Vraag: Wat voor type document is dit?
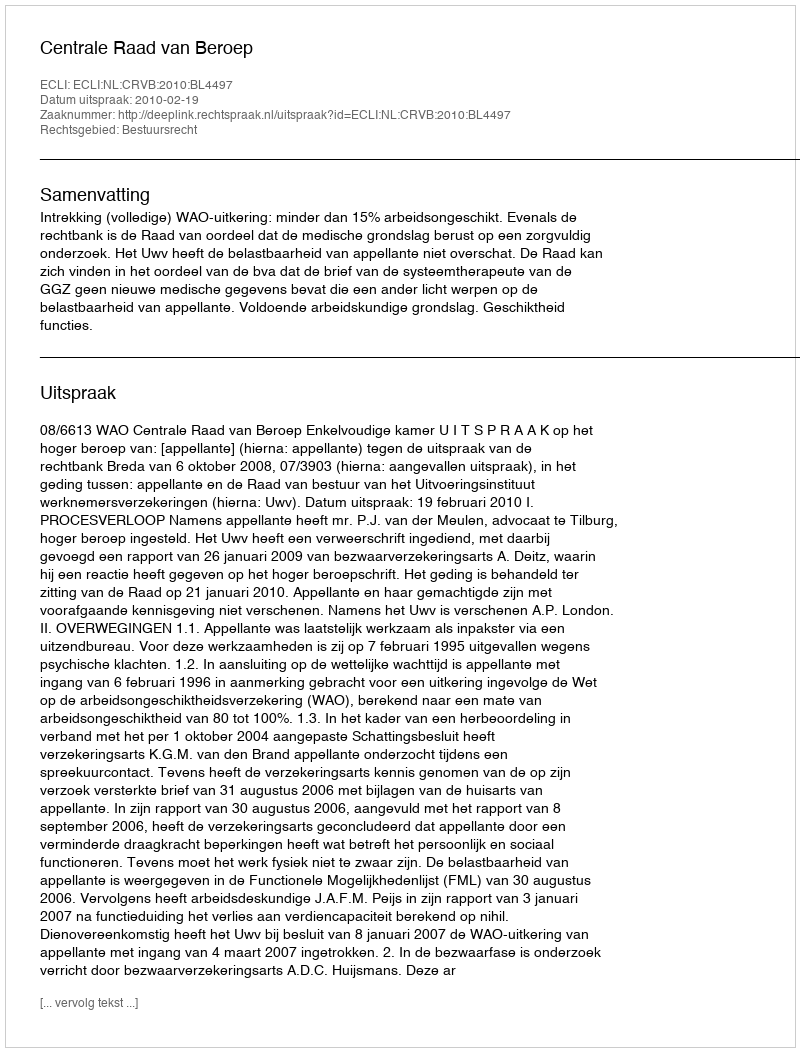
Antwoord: Uitspraak